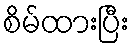
စိမ်ထားပြီး